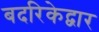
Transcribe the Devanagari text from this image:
बदरिकेद्वार